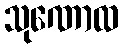
သုဏောထ